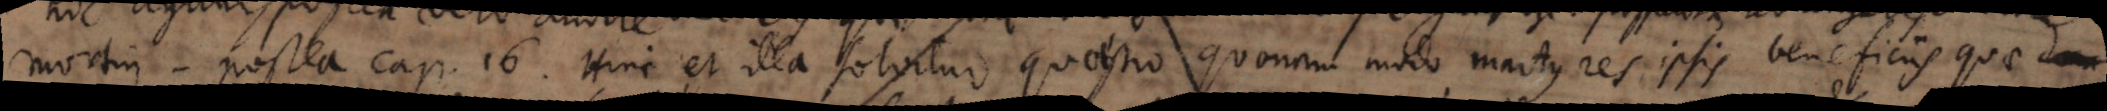
mortui, postea cap. 16. Hinc et illa solvitur quaestio quonam modo martyres ipsis beneficiis quae